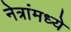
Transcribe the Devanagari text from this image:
नेत्रांमध्ये